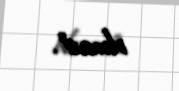
olmaz”.